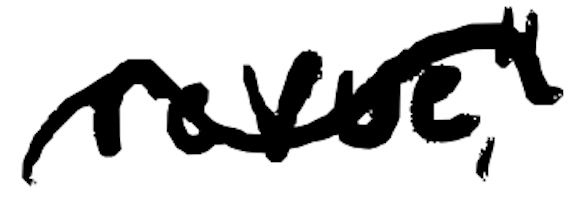
Text: revue,"
Cross-out: wave
Writing tool: digital_black